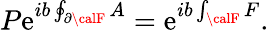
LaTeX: P\mathrm{e}^{ib\oint_{\partial{\calF}}A}=\mathrm{e}^{ib\int_{{\calF}}F}.